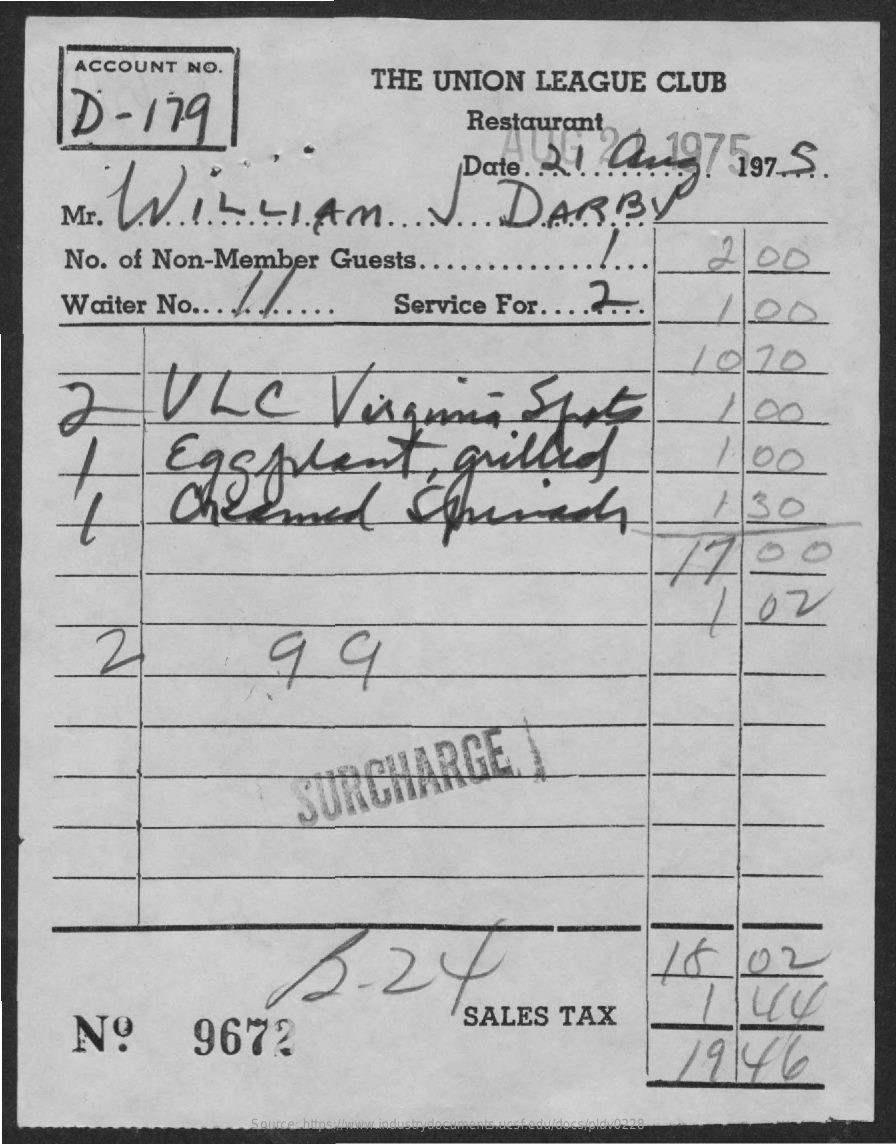
ACCOUNT    NO.
     D    -   179
     THE    UNION    LEAGUE    CLUB
     Restaurant
     Date.    21.02.197    597.5.
     .  WILLIAM.J.    DARBY
     No.    of   Non-Member    Guests    ....    2    00
     Waiter    No    ...  ..    Service    For    ...   .?...
     2    VLC    Virginia    Spot
     1020
     100
     Eggplant,    grilled    100
     Cheemed    Storech    130
     1700
     1.02
     SURCHARGE
     12.24    15    /02
     Nº    9672
     1/44
     SALES    TAX
     1946
     Source: https://www.industrydocuments.ucsf.edu/docs/pldv0228